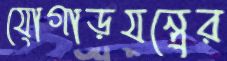
যোগাড়যন্ত্রের